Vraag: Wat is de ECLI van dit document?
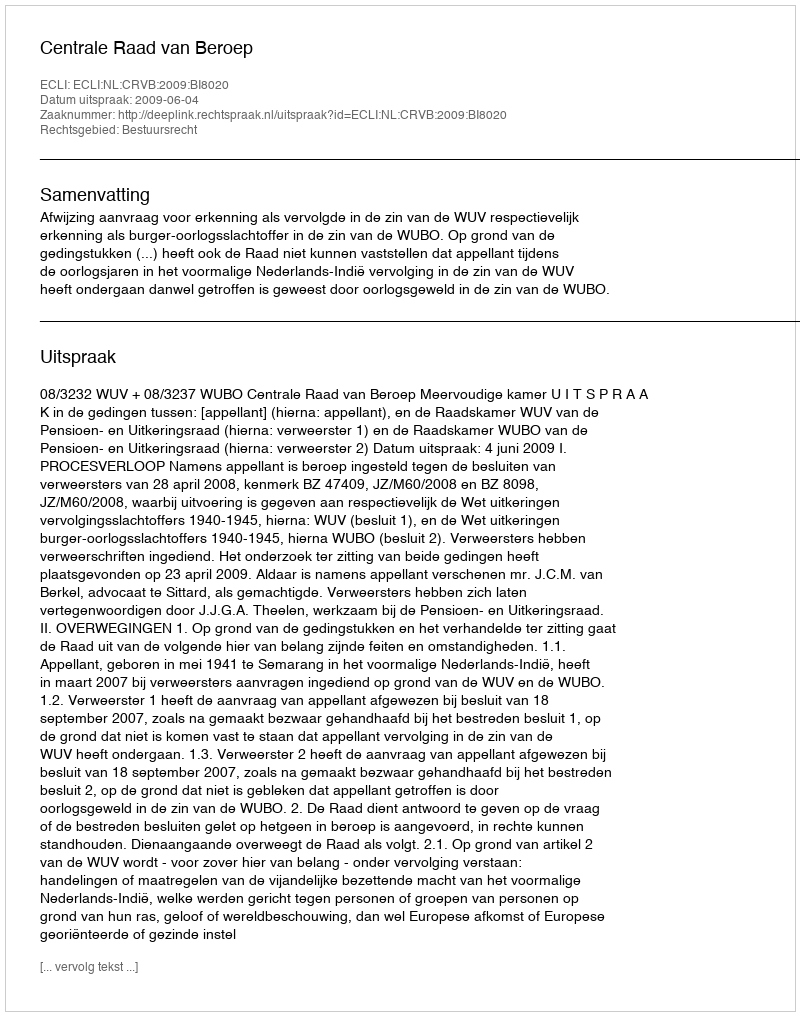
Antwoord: ECLI:NL:CRVB:2009:BI8020